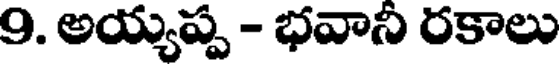
9. అయ్యప్ప - భవానీ రకాలు